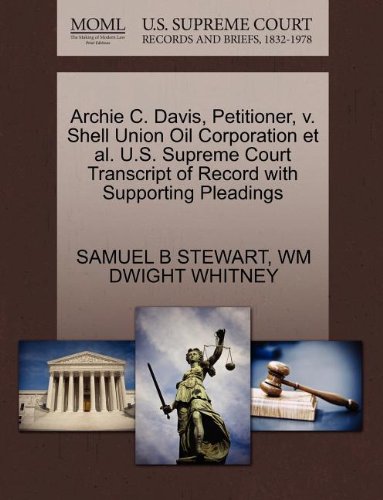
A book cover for Archie C. Davis, Petitioner, v. Shell Union Oil Corporation et al. U.S. Supreme Court Transcript of Record with Supporting Pleadings; SAMUEL B STEWART; Law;